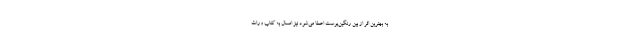
به بهترین اثر از بین رنگین‌پوست اعطا می‌شود نیز امسال به کتاب وراث